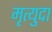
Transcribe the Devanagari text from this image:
मृत्युदा